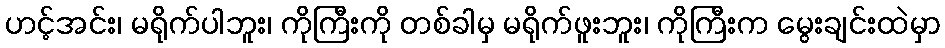
ဟင့်အင်း၊ မရိုက်ပါဘူး၊ ကိုကြီးကို တစ်ခါမှ မရိုက်ဖူးဘူး၊ ကိုကြီးက မွေးချင်းထဲမှာ